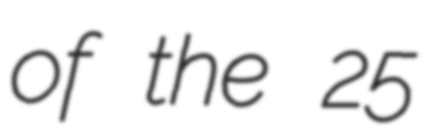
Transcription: of the 25